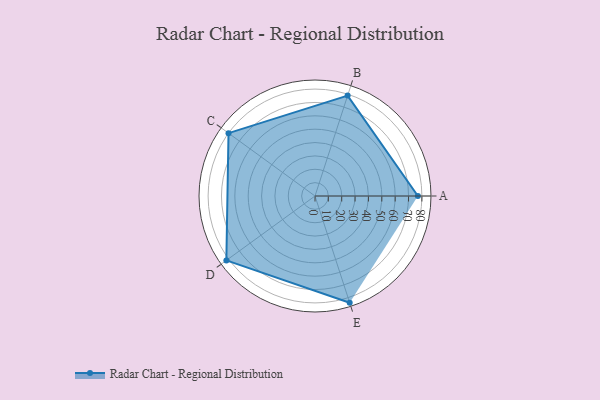
{"axis": {"x": "Skill", "y": "Score"}, "legend": ["Profile"], "data": [{"x": "A", "y": 77.0, "type": "Profile"}, {"x": "B", "y": 79.0, "type": "Profile"}, {"x": "C", "y": 80.0, "type": "Profile"}, {"x": "D", "y": 82.0, "type": "Profile"}, {"x": "E", "y": 84.0, "type": "Profile"}]}